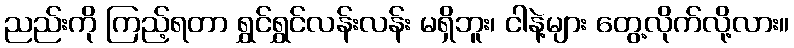
ညည်းကို ကြည့်ရတာ ရွှင်ရွှင်လန်းလန်း မရှိဘူး၊ ငါနဲ့များ တွေ့လိုက်လို့လား။